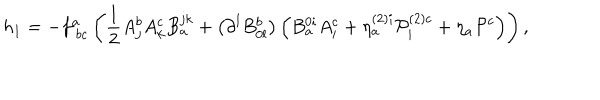
h _ { 1 } = - f _ { \; b c } ^ { a } \left( \frac { 1 } { 2 } A _ { j } ^ { b } A _ { k } ^ { c } B _ { a } ^ { j k } + \left( \partial ^ { l } B _ { 0 l } ^ { b } \right) \left( B _ { a } ^ { 0 i } A _ { i } ^ { c } + \eta _ { a } ^ { \left( 2 \right) i } { \cal P } _ { i } ^ { \left( 2 \right) c } + \eta _ { a } { \cal P } ^ { c } \right) \right) ,